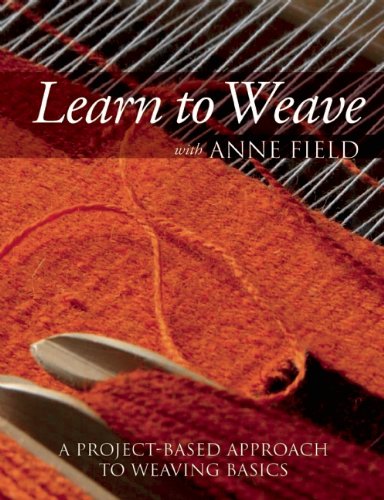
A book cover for Learn to Weave with Anne Field: A Project-Based Approach to Weaving Basics; Anne Field; Crafts, Hobbies & Home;